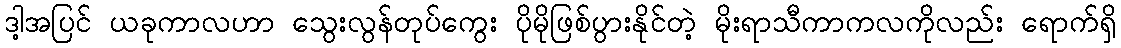
ဒါ့အပြင် ယခုကာလဟာ သွေးလွန်တုပ်ကွေး ပိုမိုဖြစ်ပွားနိုင်တဲ့ မိုးရာသီကာကလကိုလည်း ရောက်ရှိ